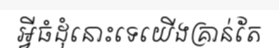
អ្វីធំដុំនោះទេយើងគ្រាន់តែ